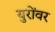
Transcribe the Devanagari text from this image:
युरोंवर